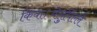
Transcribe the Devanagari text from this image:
किया।वेलुपिल्लै